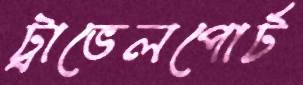
ট্রাভেলপোর্ট